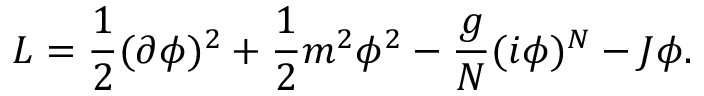
{ \cal L } = { \frac { 1 } { 2 } } ( \partial \phi ) ^ { 2 } + { \frac { 1 } { 2 } } m ^ { 2 } \phi ^ { 2 } - { \frac { g } { N } } ( i \phi ) ^ { N } - J \phi .